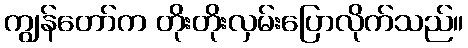
ကျွန်တော်က တိုးတိုးလှမ်းပြောလိုက်သည်။